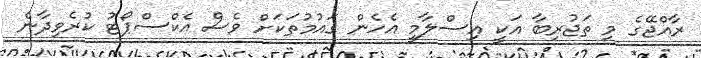
ރާއްޖޭގެ މި ތަޖުރިބާ އަކީ އިސްލާމީ އެހެން ގައުމުތަކަށް ވެސް އެކްސްޕޯޓު ކުރެވިދާނެ